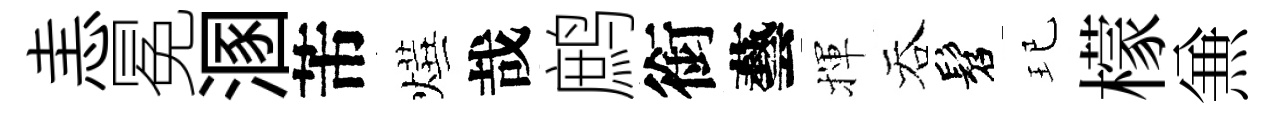
恚冕溷芾燁哉鹧銜藝揮吞髫玘檬𠔥